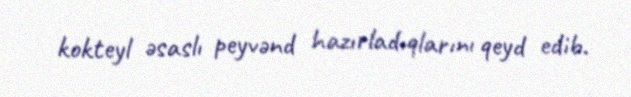
kokteyl əsaslı peyvənd hazırladıqlarını qeyd edib.